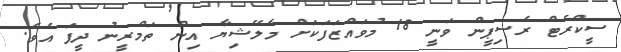
ސީކްރެޓް ރެސިޕީން ވަނީ 18 މުވައްޒަފަކަށް މެލޭޝިޔާ އިން ތަމްރީނު ދީފަ އެވެ.